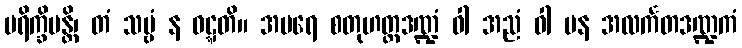
ပရိက္ခိပန္တိ၊ တံ သဗ္ဗံ န ဝဋ္ဋတိ။ အပရေ စတုဟတ္ထဒဏ္ဍံ ဝါ အညံ ဝါ ပန အလင်္ကတဒဏ္ဍကံ